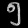
Digit: ၅